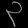
Digit: ၃